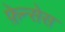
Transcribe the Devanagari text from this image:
फ़ेन्सेस